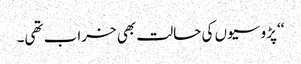
‘‘ پڑوسیوں کی حالت بھی خراب تھی۔